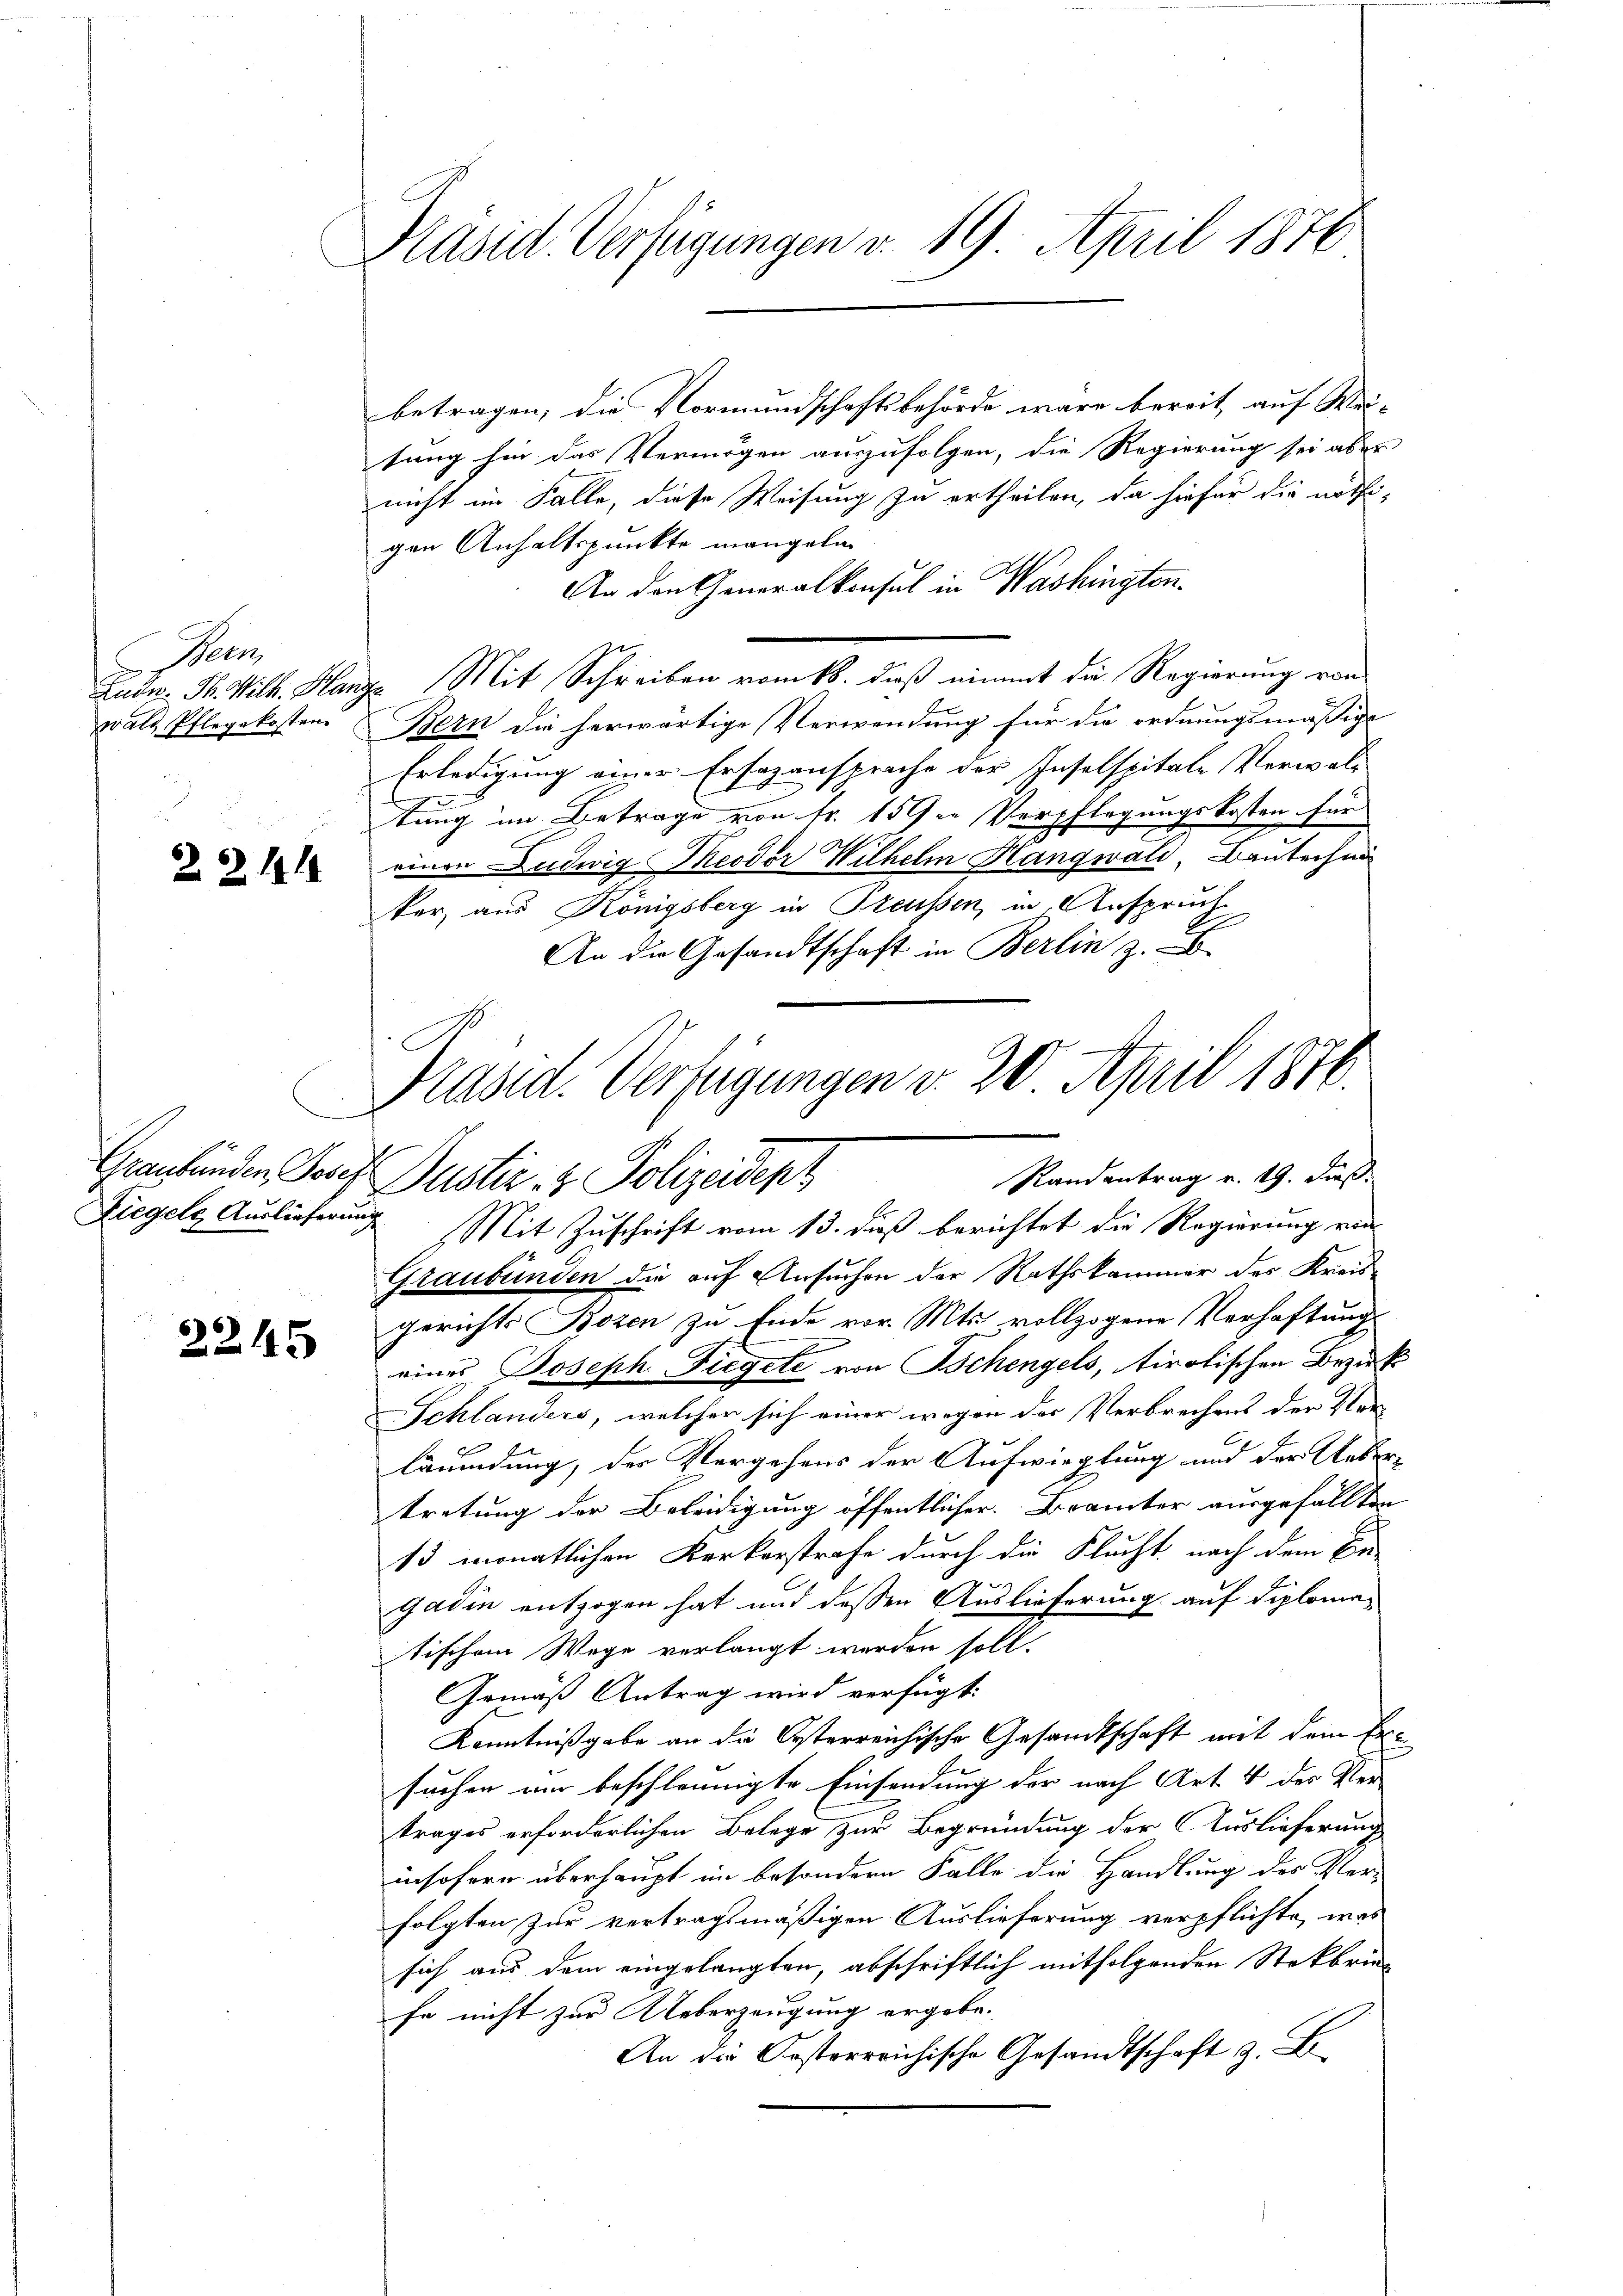
Bem
wald Pflegekosten

2 Z. 191

2245

Präsid. Verfügungen v. 19. April 1876

betragen, die Vormundschaftsbehörde wäre bereit, auf Wei-
sung hin das Vermögen auszufolgen, die Regierung sei aber
nicht im Falle, diese Weisung zu ertheilen, da hiefür die nöthi-
gen Anhaltspunkte mangeln
An den Generalkonsul in Washingten.
Lude. H. Vilk. Hange Mit Schreiben vom 18. daß nimmt die Regierung von
Bern die herwärtige Verwendung für die ordnungsmäßige
Erledigung einer Ersazansprache der Inselspitale Verwaltung im Betrage von Fr. 15 in Verpflegungskosten für
einen Ludwig Meodor Wilhelm Hangwald, Bautechni
ker, aus Königsberg in Preussen, in Anspruch
An die Gesandtschaft in Berlin z.
Ziegels Auslieferung. Mit Zuschrift vom 13. daß berichtet die Regierung von
Graubünden die auf Ansuchen der Rathskammer des Kreisgerichts Bozen zu Ende vor. Mts. vollzogene Verhaftung
E
eines Joseph Fiegele von Tschengels, tirotischen Bezie
Schlanders, welcher sich einer wegen der Verbrechens der Ver-
läumdung, der Vergehens der Aufwieglung und der Unbetretung der Beleidigung öffentlicher Brämter ausgefällten
13 monatlichen Kerkerstrafe durch die Flucht, nach dem Er-
e
gadin entzogen hat und dessen Auslieferung auf diplomatischem Wege verlangt werden soll.
Gemäß Antrag wird verfügt:
Kenntnißgabe an die Kosterreichische Gesandtschaft mit dem Er
1
suchen nur beschleunigte Einsendung der nach Art. 4 des Ver- |
trages erforderlichen Belege zur Begründung der C. Auslieferung
insofern überhaupt im besondern Falle die Handlung des Ver-
folgten zur vertragsmäßigen Auslieferung verpflichte, was
sich aus dem eingelangten, abschriftlich mitfolgenden Stokbrie
fe nicht zur Ueberzeugung ergebe.
An die Oesterreichische Gesandtschaft z. B.

Präsid. Vertigungen v. 20. April 1876.
Graubünden Josef Justiz- & Polizeidept
Randantrag v. 19. Daß